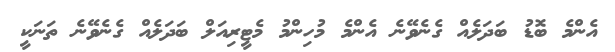
އެންމެ ބޮޑު ބަދަލެއް ގެނެވޭނެ އެންމެ މުހިންމު މެޓީރިއަލް ބަދަލެއް ގެނެވޭނެ ތަނަކީ